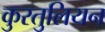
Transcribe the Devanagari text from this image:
कुरतुलियन